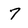
Character: 7